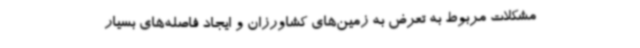
مشکلات مربوط به تعرض به زمین‌های کشاورزان و ایجاد فاصله‌های بسیار